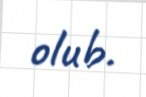
olub.